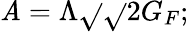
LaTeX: \mathit{A}=\Lambda\sqrt{}{{\sqrt{}{{2}}G_{F}}};